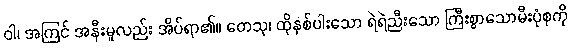
ဝါ၊ အကြင် အနီးမူလည်း အိပ်ရာ၏။ တေသု၊ ထိုနှစ်ပါးသော ရဲရဲညီးသော ကြီးစွာသောမီးပုံစုကို